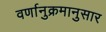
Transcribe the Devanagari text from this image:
वर्णानुक्रमानुसार